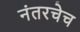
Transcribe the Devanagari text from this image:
नंतरचेच